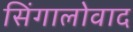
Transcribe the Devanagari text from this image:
सिंगालोवाद